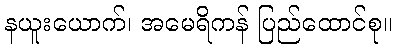
နယူးယောက်၊ အမေရိကန် ပြည်ထောင်စု။